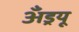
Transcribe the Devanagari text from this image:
अँड्रयू